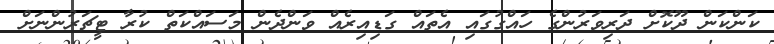
ކަންކަން ދޫކޮށް ދަރިވަރުންގެ ހައްގުގައި އެތައް ގަޑިއިރެއް ވަންދެން މަސައްކަތް ކުރާ ޓީޗަރުންނަށް